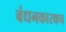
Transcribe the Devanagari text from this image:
बंधनकारकच